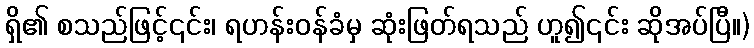
ရှိ၏ စသည်ဖြင့်၎င်း၊ ရဟန်းဝန်ခံမှ ဆုံးဖြတ်ရသည် ဟူ၍၎င်း ဆိုအပ်ပြီ။)